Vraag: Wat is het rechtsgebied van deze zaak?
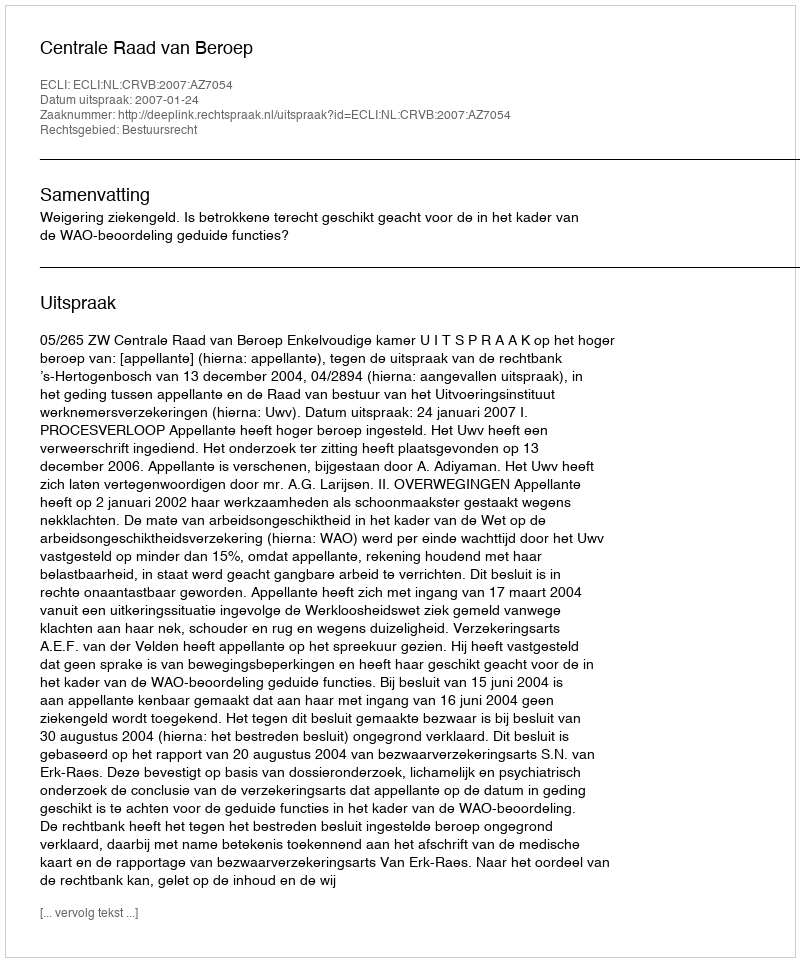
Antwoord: Bestuursrecht